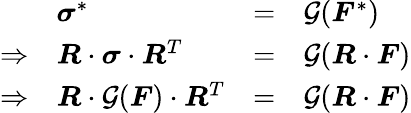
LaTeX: {\begin{array}{rlrl}&{{\boldsymbol{\sigma}}^{*}}&{=}&{{\mathcal{G}}({\boldsymbol{F}}^{*})}\\ {\Rightarrow}&{{\boldsymbol{R}}\cdot{\boldsymbol{\sigma}}\cdot{\boldsymbol{R}}^{T}}&{=}&{{\mathcal{G}}({\boldsymbol{R}}\cdot{\boldsymbol{F}})}\\ {\Rightarrow}&{{\boldsymbol{R}}\cdot{\mathcal{G}}({\boldsymbol{F}})\cdot{\boldsymbol{R}}^{T}}&{=}&{{\mathcal{G}}({\boldsymbol{R}}\cdot{\boldsymbol{F}})}\end{array}}